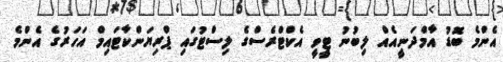
އެންމެ ބޮޑު އާމްދަނީއެއް ލިބުނު ޓީވީ އެކްޓްރެސްގެ ލިސްޓުގައި ޕްރިޔަންކާޓައިމް އަހަރުގެ އެންމެ